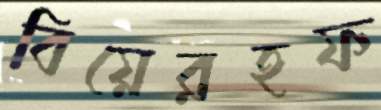
বিয়েরহফ